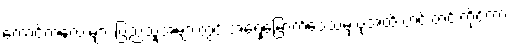
ကောင်ကလေးများ ပြည်သူအများတွင် အရှေ့မြောက်ဒေသမှ ပုံအထိ တင်းတင်းကိုင်ကာ